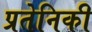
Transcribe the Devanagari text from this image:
प्रतेनिकी